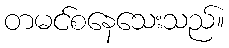
တမင်စနေသေးသည်။